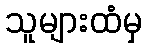
သူများထံမှ